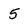
Character: 5